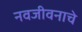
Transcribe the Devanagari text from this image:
नवजीवनाचे